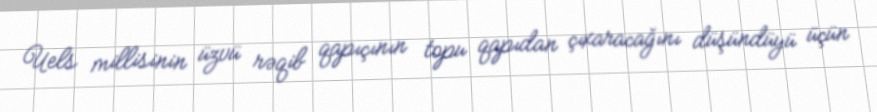
Uels millisinin üzvü rəqib qapıçının topu qapıdan çıxaracağını düşündüyü üçün